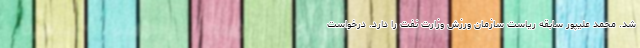
شد. محمد علیپور سابقه ریاست سازمان ورزش وزارت نفت را دارد. درخواست